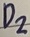
Text: D2